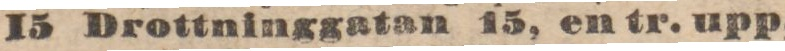
15 Drottninggatan 15, en tr. upp,